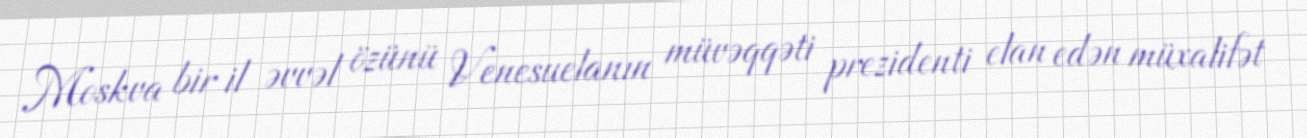
Moskva bir il əvvəl özünü Venesuelanın müvəqqəti prezidenti elan edən müxalifət